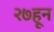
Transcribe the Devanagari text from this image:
२७हून